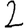
Digit: 2